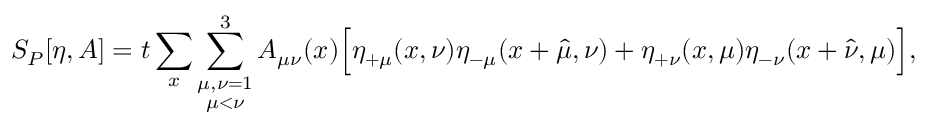
S _ { P } [ \eta , A ] = t \sum _ { x } \sum _ { \stackrel { \scriptstyle \mu , \nu = 1 } { \mu < \nu } } ^ { 3 } A _ { \mu \nu } ( x ) \Big [ \eta _ { + \mu } ( x , \nu ) \eta _ { - \mu } ( x + \hat { \mu } , \nu ) + \eta _ { + \nu } ( x , \mu ) \eta _ { - \nu } ( x + \hat { \nu } , \mu ) \Big ] ,